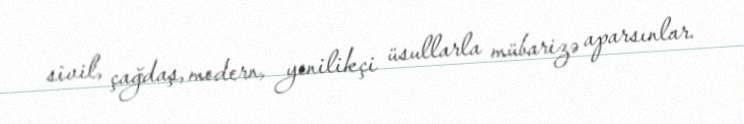
sivil, çağdaş, modern, yenilikçi üsullarla mübarizə aparsınlar.